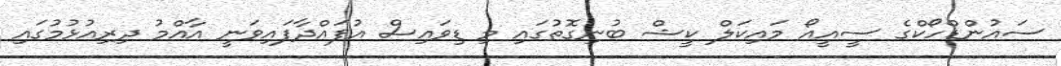
ސައުންޑްހޯކްގެ ސީއީއޯ މައިކަލް ކީޝް ބުނިގޮތުގައި މި ޑިވައިސް އުފައްދާފައިވަނީ އާއްމު ދިރިއުޅުމުގައި